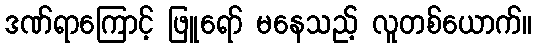
ဒဏ်ရာကြောင့် ဖြူရော် မနေသည့် လူတစ်ယောက်။